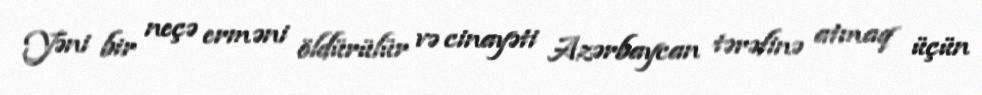
Yəni bir neçə erməni öldürülür və cinayəti Azərbaycan tərəfinə atmaq üçün